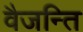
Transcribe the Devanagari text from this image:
वैजन्ति